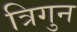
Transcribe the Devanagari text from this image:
त्रिगुन